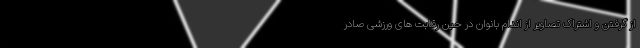
از گرفتن و اشتراک تصاویر از اندام بانوان در حین رقابت های ورزشی صادر